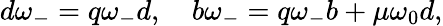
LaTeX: d\omega_{-}=q\omega_{-}d,~~~~b\omega_{-}=q\omega_{-}b+\mu\omega_{0}d,